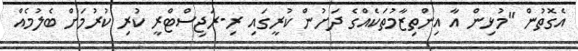
އެގޮތުން "މުޅިން އާ އިންތިޒާމުތަކެއްގެ ދަށުން ކުރީގައި ރި-ރަޖިސްޓްރީ ކުރި ކުރުމަށް ބެލުމެއް